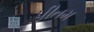
પીતમ